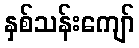
နှစ်သန်းကျော်